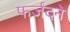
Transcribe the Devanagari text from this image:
फर्जंदने